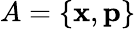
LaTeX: A=\{ \mathbf{x},\mathbf{p}\}